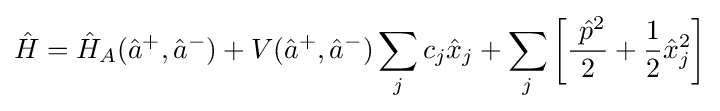
{\hat {H}}={\hat {H}}_{A}({\hat {a}}^{+},{\hat {a}}^{-})+V({\hat {a}}^{+},{\hat {a}}^{-})\sum _{j}c_{j}{\hat {x}}_{j}+\sum _{j}\left[{\ {\hat {p}}^{2} \over {2}}+{\frac {1}{2}}{\hat {x}}_{j}^{2}\right]